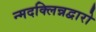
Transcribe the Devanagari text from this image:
न्मदक्लिन्नद्वारो